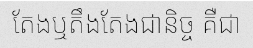
តែងឬតឹងតែងជានិច្ច គឺជា